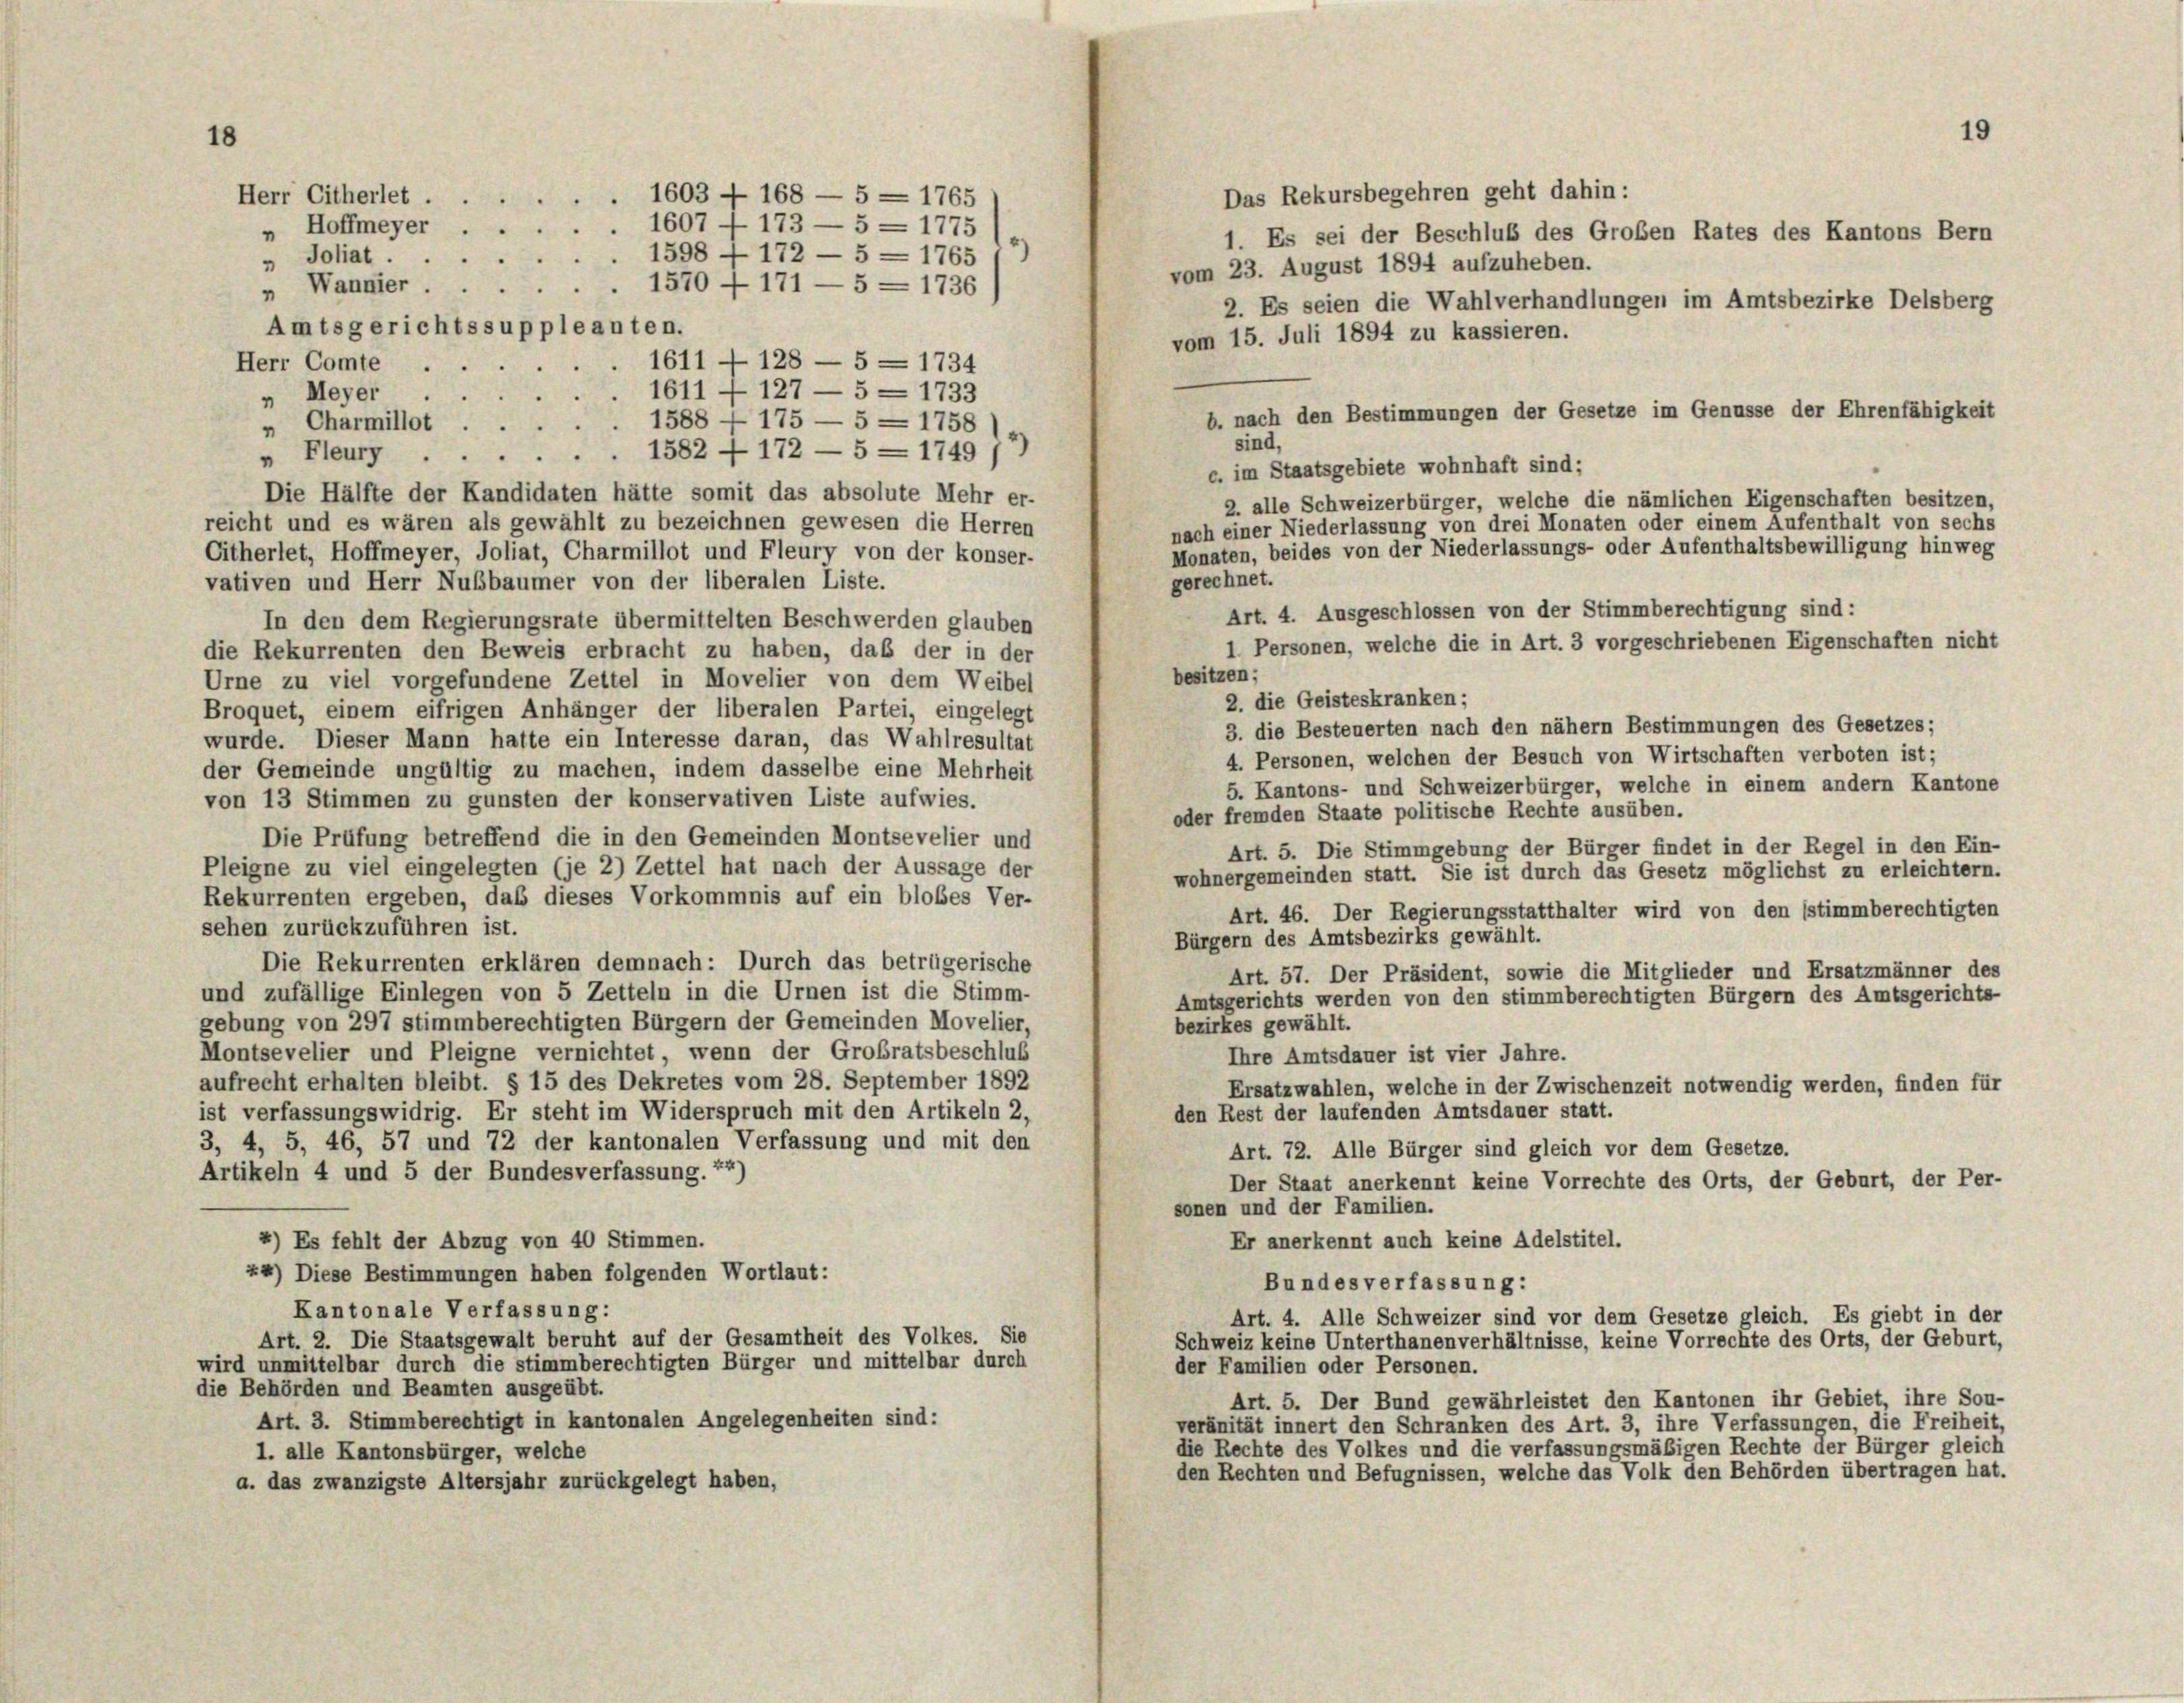
Herr Citherlet

" Hoffmeyer ..

1603 - 168 — 5 = 1765
. 1607 - 173 — 5 = 1775

b. nach den Bestimmungen der Gesetze im Genüsse der Ehrenfähigkeit
c. im Staatsgebiete wohnhaft sind:

Das Rekursbegehren geht dahin:
1598 - 172 - 5 = 1765 12)
" Joliat
vom 23. August 1894 aufzuheben.
1570 + 171 —5 = 1736
„ Wannier.
2. Es seien die Wahlverhandlungen im Amtsbezirke Delsberg
Amtsgerichtssuppleanten.
vom 15. Juli 1894 zu kassieren.
1611 — 128 — 5 = 1734
Herr Comte
.
1611 — 127 — 5 = 1733
“
„ Meyer
1588 f 175 — 5 = 1758
Charmillot
"
sind
1582 f 172 - 5 = 1749 *)
„ Fleury
Die Hälfte der Kandidaten hätte somit das absolute Mehr er-
reicht und es wären als gewählt zu bezeichnen gewesen die Herren
Monaten, beides von der Niederlassungs- oder Aufenthaltsbewilligung hinweg
Citherlet, Hoffmeyer, Joliat, Charmillot und Fleury von der konser-
gerechnet.
vativen und Herr Nußbaumer von der liberalen Liste.
In den dem Regierungsrate übermittelten Beschwerden glauben
1 Personen, welche die in Art. 3 vorgeschriebenen Eigenschaften nicht
die Rekurrenten den Beweis erbracht zu haben, daß der in der
besitzen;
Urne zu viel vorgefundene Zettel in Movelier von dem Weibel
2. die Geisteskranken;
Broquet, einem eifrigen Anhänger der liberalen Partei, eingelegt
3. die Besteuerten nach den nähern Bestimmungen des Gesetzes;
wurde. Dieser Mann hatte ein Interesse daran, das Wahlresultat
4. Personen, welchen der Besuch von Wirtschaften verboten ist;
der Gemeinde ungültig zu machen, indem dasselbe eine Mehrheit
5. Kantons- und Schweizerbürger, welche in einem andern Kantone
von 13 Stimmen zu gunsten der konservativen Liste aufwies.
oder fremden Staate politische Rechte ausüben.
Die Prüfung betreffend die in den Gemeinden Montsevelier und
Art. 5. Die Stimmgebung der Bürger findet in der Regel in den Ein-
Pleigne zu viel eingelegten (je 2) Zettel hat nach der Aussage der
wohnergemeinden statt. Sie ist durch das Gesetz möglichst zu erleichtern.
Rekurrenten ergeben, daß dieses Vorkommnis auf ein bloßes Ver-
Art. 46. Der Regierungsstatthalter wird von den stimmberechtigten
sehen zurückzuführen ist.
Bürgern des Amtsbezirks gewählt.
Die Rekurrenten erklären demnach: Durch das betrügerische
Art. 57. Der Präsident, sowie die Mitglieder und Ersatzmänner des
und zufällige Einlegen von 5 Zetteln in die Urnen ist die Stimm-
Amtsgerichts werden von den stimmberechtigten Bürgern des Amtsgerichts-
gebung von 297 stimmberechtigten Bürgern der Gemeinden Movelier,
bezirkes gewählt.
Montsevelier und Pleigne vernichtet, wenn der Großratsbeschlus
Ihre Amtsdauer ist vier Jahre.
aufrecht erhalten bleibt. § 15 des Dekretes vom 28. September 1892
Ersatzwahlen, welche in der Zwischenzeit notwendig werden, finden für
den Rest der laufenden Amtsdauer statt.
ist verfassungswidrig. Er steht im Widerspruch mit den Artikeln 2,
3, 4, 5, 46, 57 und 72 der kantonalen Verfassung und mit den
Art. 72. Alle Bürger sind gleich vor dem Gesetze.
Artikeln 4 und 5 der Bundesverfassung. 22)
Der Staat anerkennt keine Vorrechte des Orts, der Geburt, der Per-
sonen und der Familien.
Er anerkennt auch keine Adelstitel.
2) Es fehlt der Abzug von 40 Stimmen.
24) Diese Bestimmungen haben folgenden Wortlaut:
Bundes verfassung:
Kantonale Verfassung:
Art. 4. Alle Schweizer sind vor dem Gesetze gleich. Es giebt in der
Art. 2. Die Staatsgewalt beruht auf der Gesamtheit des Volkes. Sie
Schweiz keine Unterthanenverhältnisse, keine Vorrechte des Orts, der Geburt,
wird unmittelbar durch die stimmberechtigten Bürger und mittelbar durch
der Familien oder Personen.
die Behörden und Beamten ausgeübt.
Art. 5. Der Bund gewährleistet den Kantonen ihr Gebiet, ihre Son-
Art. 3. Stimmberechtigt in kantonalen Angelegenheiten sind:
veränität innert den Schranken des Art. 3, ihre Verfassungen, die Freiheit,
die Rechte des Volkes und die verfassungsmäßigen Rechte der Bürger gleich
1. alle Kantonsbürger, welche
den Rechten und Befugnissen, welche das Volk den Behörden übertragen hat.
a. das zwanzigste Altersjahr zurückgelegt haben,

2. alle Schweizerbürger, welche die nämlichen Eigenschaften besitzen,
nach einer Niederlassung von drei Monaten oder einem Aufenthalt von sechs

19
1. Es sei der Beschluß des Großen Rates des Kantons Bern

Art. 4. Ausgeschlossen von der Stimmberechtigung sind: